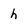
Character: h